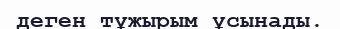
деген тұжырым ұсынады.